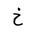
Letter: _kha